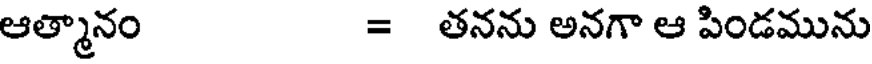
ఆత్మానం = తనను అనగా ఆ పిండమును